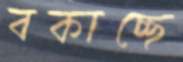
বকাচ্ছে